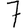
Digit: 7